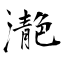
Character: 濪